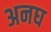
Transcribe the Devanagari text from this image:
अनघ